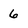
Character: 6